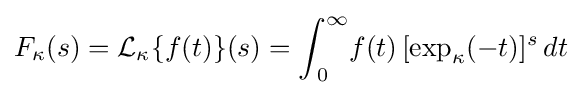
F_{\kappa }(s)={\cal {L}}_{\kappa }\{f(t)\}(s)=\int _{\,0}^{\infty }\!f(t)\,[\exp _{\kappa }(-t)]^{s}\,dt